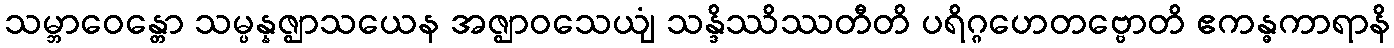
သမ္ဘာဝေန္တော သမ္ပန္နဇ္ဈာသယေန အဇ္ဈာဝသေယျံ သန္ဒိဿိဿတီတိ ပရိဂ္ဂဟေတဗ္ဗောတိ ဧကန္ဓကာရာနိ